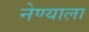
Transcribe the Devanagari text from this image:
नेण्याला